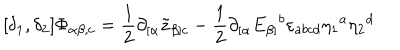
[ \delta _ { 1 } , \delta _ { 2 } ] \Phi _ { \alpha \beta , c } = \frac { 1 } { 2 } \partial _ { [ \alpha } \tilde { z } _ { \beta ] c } - \frac { 1 } { 2 } \partial _ { [ \alpha } E _ { \beta ] } { } ^ { b } \varepsilon _ { a b c d } \eta _ { 1 } { } ^ { a } \eta _ { 2 } { } ^ { d }